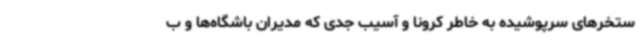
ستخرهای سرپوشیده به خاطر کرونا و آسیب جدی که مدیران باشگاه‌ها و ب